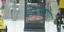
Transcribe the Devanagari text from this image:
वसनांग